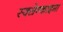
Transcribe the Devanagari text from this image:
स्क्ल्रेन्काइमा